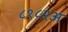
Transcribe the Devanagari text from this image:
८१८२अ